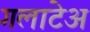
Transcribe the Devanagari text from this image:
गलाटेअ